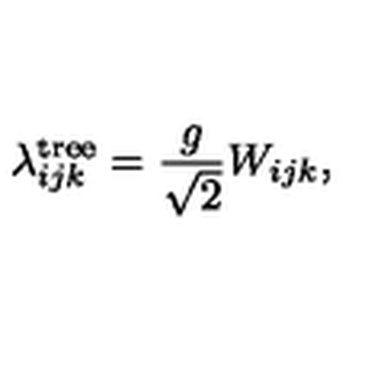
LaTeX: \lambda _ { i j k } ^ { \mathrm { t r e e } } = \frac { g } { \sqrt { 2 } } W _ { i j k } ,